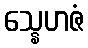
သ္နေဟဇံ